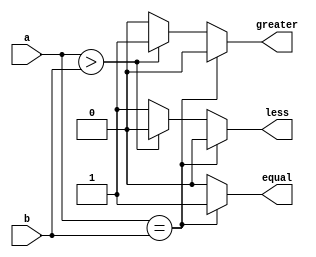
module ParameterizedComparator #(
    parameter WIDTH = 8  // Default bit-width of the inputs
)(
    input  [WIDTH-1:0] a,  // First input
    input  [WIDTH-1:0] b,  // Second input
    output reg equal,       // Output signal for equality
    output reg greater,     // Output signal for greater than
    output reg less         // Output signal for less than
);

// Always block to compare the inputs
always @* begin
    // Initialize outputs to zero
    equal = 1'b0;
    greater = 1'b0;
    less = 1'b0;

    // Comparison logic
    if (a == b) begin
        equal = 1'b1;
    end else if (a > b) begin
        greater = 1'b1;
    end else begin
        less = 1'b1;
    end
end

endmodule